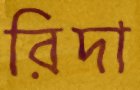
রিদা